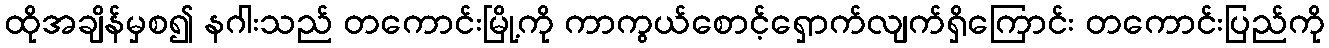
ထိုအချိန်မှစ၍ နဂါးသည် တကောင်းမြို့ကို ကာကွယ်စောင့်ရှောက်လျက်ရှိကြောင်း တကောင်းပြည်ကို